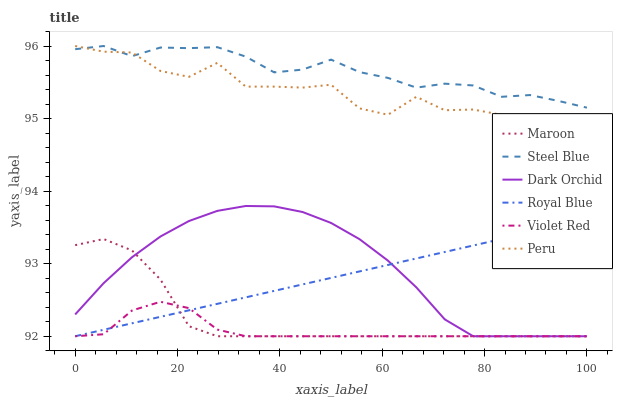
| xaxis_label | Maroon | Steel Blue | Dark Orchid | Royal Blue | Violet Red | Peru |
 | --- | --- | --- | --- | --- | --- | --- |
 | 0 | 93.3 | 96 | 92.3 | 92 | 92 | 96 |
 | 5.56 | 93.3 | 96 | 92.7 | 92.1 | 92 | 95.9 |
 | 11.1 | 93.2 | 95.9 | 93.1 | 92.2 | 92.4 | 95.9 |
 | 16.7 | 92.8 | 96 | 93.4 | 92.3 | 92.5 | 95.7 |
 | 22.2 | 92.1 | 96 | 93.6 | 92.4 | 92.4 | 95.6 |
 | 27.8 | 92 | 96 | 93.7 | 92.4 | 92.1 | 95.8 |
 | 33.3 | 92 | 95.9 | 93.8 | 92.5 | 92 | 95.4 |
 | 38.9 | 92 | 95.6 | 93.8 | 92.6 | 92 | 95.4 |
 | 44.4 | 92 | 95.7 | 93.7 | 92.7 | 92 | 95.4 |
 | 50 | 92 | 95.8 | 93.6 | 92.8 | 92 | 95.5 |
 | 55.6 | 92 | 95.6 | 93.3 | 92.9 | 92 | 95.1 |
 | 61.1 | 92 | 95.6 | 93 | 93 | 92 | 95.1 |
 | 66.7 | 92 | 95.4 | 92.7 | 93.1 | 92 | 95.3 |
 | 72.2 | 92 | 95.5 | 92.2 | 93.2 | 92 | 95.1 |
 | 77.8 | 92 | 95.5 | 92 | 93.3 | 92 | 95.1 |
 | 83.3 | 92 | 95.3 | 92 | 93.3 | 92 | 95.1 |
 | 88.9 | 92 | 95.3 | 92 | 93.4 | 92 | 94.8 |
 | 94.4 | 92 | 95.2 | 92 | 93.5 | 92 | 94.9 |
 | 100 | 92 | 95.2 | 92 | 93.6 | 92 | 94.8 |